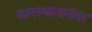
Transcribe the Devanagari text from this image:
कारस्थानानंतर